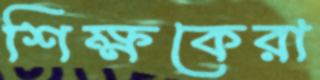
শিক্ষকেরা